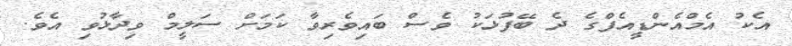
އެކު އެމްއެންޑީއެފްގެ ދެ ބޭފުޅަކު ވެސް ބައިވެރިވާ ކަމަށް ސަލީމް ވިދާޅުވި އެވެ.